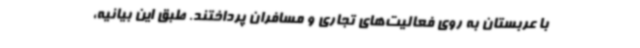
با عربستان به روی فعالیت‌های تجاری و مسافران پرداختند. طبق این بیانیه،